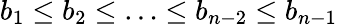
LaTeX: b_{1}\leq b_{2}\leq\ldots\leq b_{n-2}\leq b_{n-1}